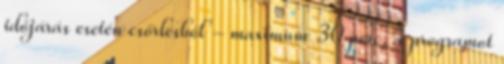
időjárás esetén csőrlésből - maximum 30 perc, a programot